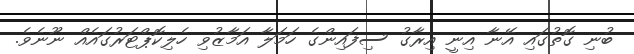
ބުނި ގޮތުގައި އޭނާ އިނީ އިރާގު ސިފައިންގެ ހަމަލާ އަމާޒުވި ހެލިކޮޕްޓަރުގައެއް ނޫނެވެ.